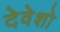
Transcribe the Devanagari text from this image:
देवेशो